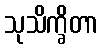
သုသိက္ခိတာ